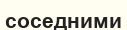
соседними